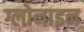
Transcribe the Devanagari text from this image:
ग्लोनाइन